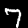
Digit: 7